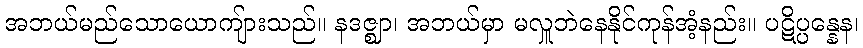
အဘယ်မည်သောယောကျ်ားသည်။ နဒဇ္ဈာ၊ အဘယ်မှာ မလှူဘဲနေနိုင်ကုန်အံ့နည်း။ ပဋိပ္ပန္နေန၊